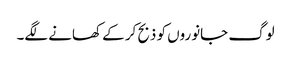
لوگ جانوروں کو ذبح کر کے کھانے لگے۔